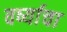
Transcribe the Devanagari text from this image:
वर्ष्याचा